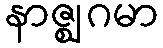
နာဇ္ဈဂမာ